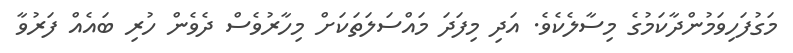
މަގުފަހިވަމުންދާކަމުގެ މިސާލެކެވެ. އަދި މިފަދަ މައްސަލަތަކަށް މިހާރުވެސް ދެވެން ހުރި ބައެއް ފަރުވާ